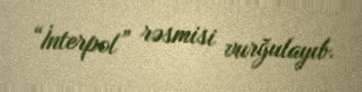
“İnterpol” rəsmisi vurğulayıb.